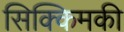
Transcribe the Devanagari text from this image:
सिक्किमकी